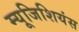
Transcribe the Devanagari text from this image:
म्यूजिशियंस